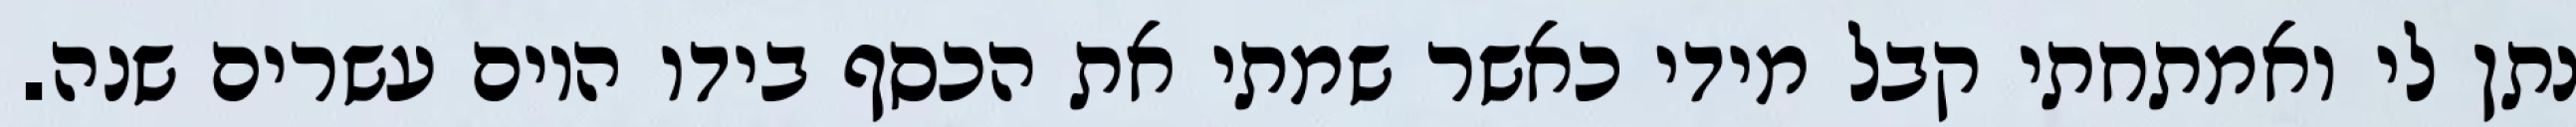
נתן לי ואמתחתי קבל מידי כאשר שמתי את הכסף בידו היום עשרים שנה.